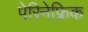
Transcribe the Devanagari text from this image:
पेरिनेफ्रिक